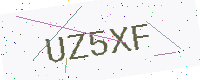
Text: UZ5XF